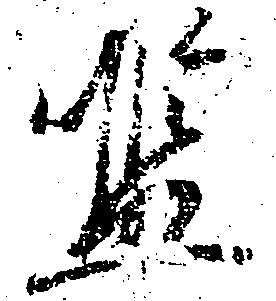
濫